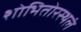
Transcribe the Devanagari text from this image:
शोभितोरस्थलं